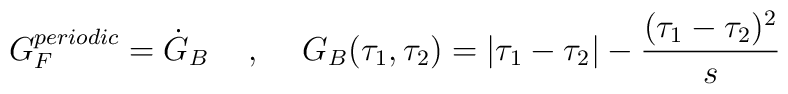
G_{F}^{periodic} = \dot{G}_{B}  \hspace{.5cm} , \hspace{.5cm} G_{B}(\tau_{1}, \tau_{2}) = |\tau_{1} - \tau_{2}| - \frac{(\tau_{1} - \tau_{2})^{2}}{s}